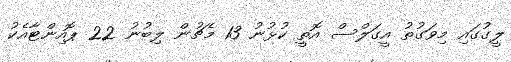
ލީގުގައި މިވަގުތު އީގަލްސް އޮތީ ކުޅުނު 13 މެޗުން ލިބުނު 22 ޕޮއިންޓާއެކު